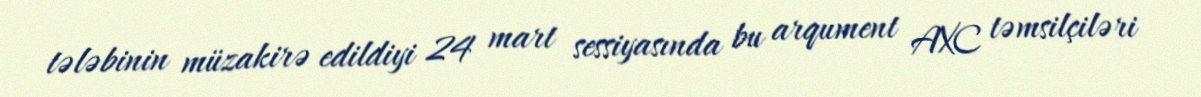
tələbinin müzakirə edildiyi 24 mart sessiyasında bu arqument AXC təmsilçiləri